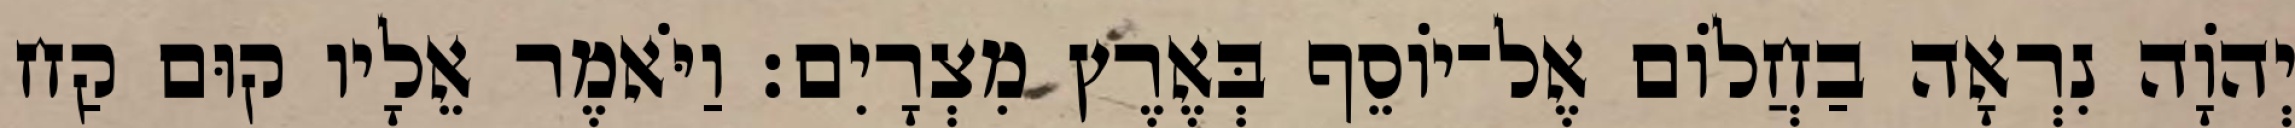
יְהוָֹה נִרְאָה בַחֲלוֹם אֶל־יוֹסֵף בְּאֶרֶץ מִצְרָיִם׃ וַיֹּאמֶר אֵלָיו קוּם קַח